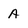
Character: A